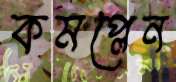
কমপ্লেন